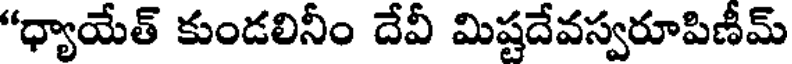
"ధ్యాయేత్ కుండలినీం దేవీ మిష్టదేవస్వరూపిణీమ్